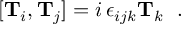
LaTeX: [ \mathbf { T } _ { i } , \mathbf { T } _ { j } ] = i \, \epsilon _ { i j k } \mathbf { T } _ { k } ~ ~ .